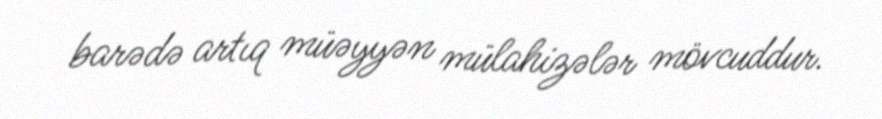
barədə artıq müəyyən mülahizələr mövcuddur.